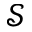
\mathcal { S }